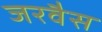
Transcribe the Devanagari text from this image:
जरवैस